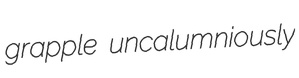
grapple uncalumniously